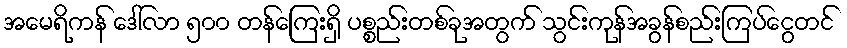
အမေရိကန် ဒေါ်လာ ၅၀၀ တန်ကြေးရှိ ပစ္စည်းတစ်ခုအတွက် သွင်းကုန်အခွန်စည်းကြပ်ငွေတင်